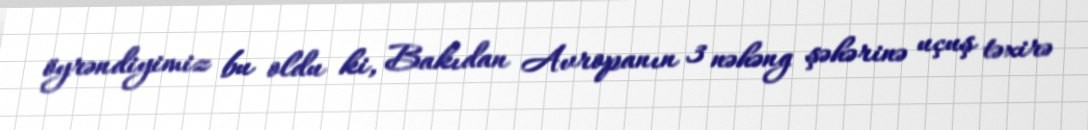
öyrəndiyimiz bu oldu ki, Bakıdan Avropanın 3 nəhəng şəhərinə uçuş təxirə